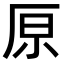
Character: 𠩤